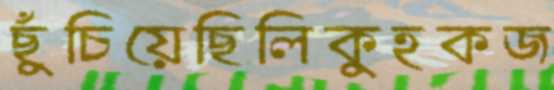
ছুঁচিয়েছিলিকুহকজ